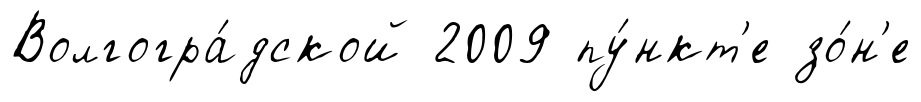
Волгогра́дской 2009 пу́нкт'е зо́н'е